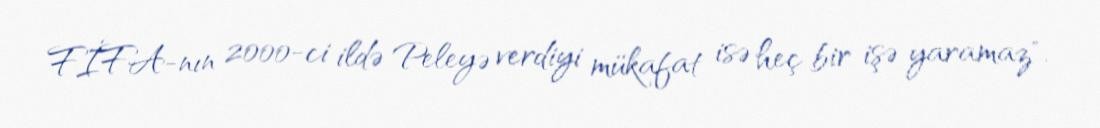
FİFA-nın 2000-ci ildə Peleyə verdiyi mükafat isə heç bir işə yaramaz".